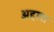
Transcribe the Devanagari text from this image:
अहावा